Vaccine operations Central Provinces & Berar 1922-1929 - 1922-1929
Year: 1922
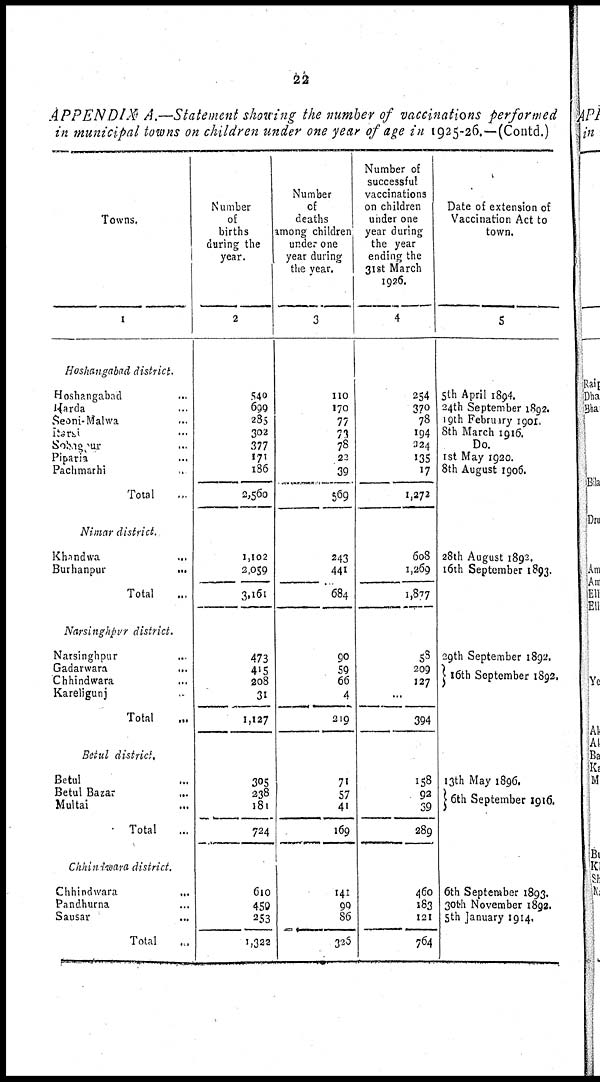
22
APPENDIX A.—Statement showing the number of vaccinations performed
in municipal towns on children under one year of age in 1925-26.—(Contd.)
Towns.
1
Hoshangabad district.
Hoshangabad ...
Harda ...
Seoni-Malwa ...
Itarsi ...
Sohagpur ...
Piparia ...
Pachmarhi ...
Total ...
Nimar district.
Khandwa ...
Burhanpur
...
Total ...
Narsinghpur district.
Narsinghpur ...
Gadarwara
...
Chhindwara ...
Kareligunj ...
Total ...
Betul district.
Betul ...
Betul Bazar ...
Multai ...
Total ...
Chhindwara district.
Chhindwara
...
Pandhurna ...
Sausar
...
Total ...
Number
of
births
during the
year.
2
540
699
285
302
377
171
186
2,560
1,102
2,059
3,161
473
415
208
31
1,127
305
238
181
724
610
450
253
1,322
Number
of
deaths
among children
under one
year during
the year.
3
110
170
77
73
78
22
39
569
243
441
684
90
59
66
4
219
71
57
41
169
141
99
86
326
Number of
successful
vaccinations
on children
under one
year during
the year
ending the
31st March
1926.
4
254
370
78
194
224
135
17
1,272
608
1,269
1,877
58
209
127
...
394
158
92
39
289
460
183
121
764
Date of extension of
Vaccination Act to
town.
5
5th April 1894.
24th September 1892.
19th February 1901.
8th March 1916.
Do.
1st May 1920.
8th August 1906.
28th August 1892.
16th September 1893.
29th September 1892.
16th September 1892.
13th May 1896.
6th September 1916.
6th September 1893.
30th November 1892.
5th January 1914.